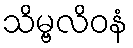
သိမ္ဗလိဝနံ